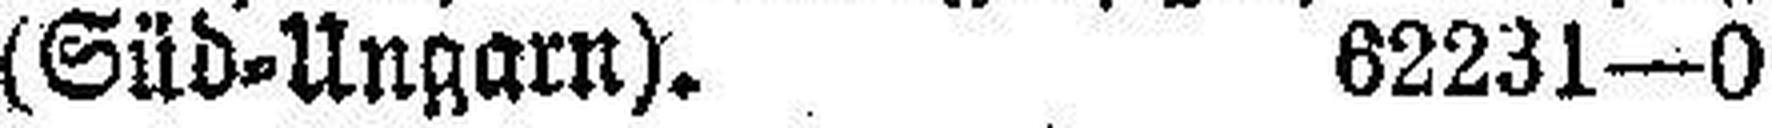
(Süd=Ungarn). 62231—0